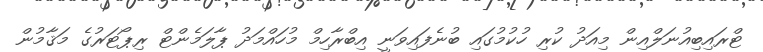
ޓްރައިބިއުނަލްއިން މިއަދު ކުރި ހުކުމުގައި ބުނެފައިވަނީ އިބްރާހިމް މުހައްމަދު ޕާލަމެންޓް ރިޕޯޓަރުގެ މަޤާމުން